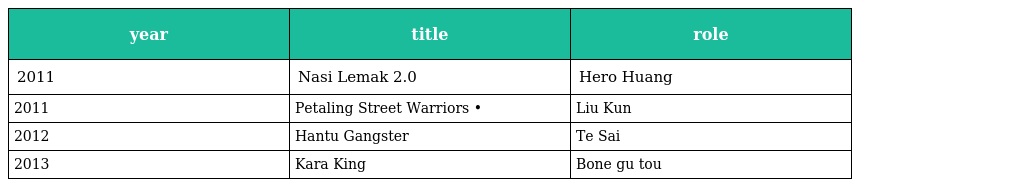
| year | title | role |
 | --- | --- | --- |
 | 2011 | Nasi Lemak 2.0 辣死你妈 | Hero Huang 黄大侠 |
 | 2011 | Petaling Street Warriors 大英雄•小男人 | Liu Kun 刘坤 |
 | 2012 | Hantu Gangster 鬼佬大哥大 | Te Sai 猪塞 |
 | 2013 | Kara King 冠军歌王 | Bone gu tou |